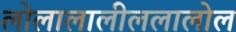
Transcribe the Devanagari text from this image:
लोलालालीललालोल